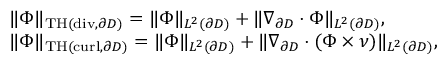
\begin{array} { r l } & { \| { \Phi } \| _ { \mathrm { T H } ( \mathrm { d i v } , \partial D ) } = \| { \Phi } \| _ { L ^ { 2 } ( \partial D ) } + \| \nabla _ { \partial D } \cdot { \Phi } \| _ { L ^ { 2 } ( \partial D ) } , } \\ & { \| { \Phi } \| _ { \mathrm { T H } ( \mathrm { c u r l } , \partial D ) } = \| { \Phi } \| _ { L ^ { 2 } ( \partial D ) } + \| \nabla _ { \partial D } \cdot ( { \Phi } \times \nu ) \| _ { L ^ { 2 } ( \partial D ) } , } \end{array}